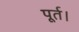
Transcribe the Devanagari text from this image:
पूर्त।